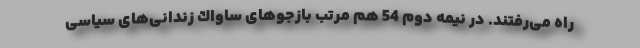
راه می‌رفتند. در نیمه دوم 54 هم مرتب بازجو‌های ساواك زندانی‌های سیاسی